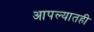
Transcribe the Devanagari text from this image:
आपल्यातही